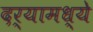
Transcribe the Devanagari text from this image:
दर्यामध्ये